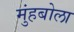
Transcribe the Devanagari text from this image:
मुंहबोला